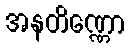
အနတိဏ္ဏော